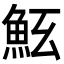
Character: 𩵷